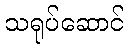
သရုပ်ဆောင်